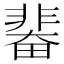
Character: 𩇼